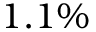
1 . 1 \%